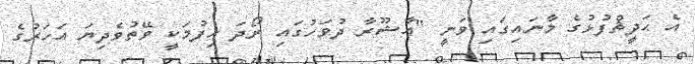
އެ ޙަދީޘްފުޅުގެ މާނައިގައި ވަނީ "ޢާޝޫރާ ދުވަހުގައި ރޯދަ ހިފުމަކީ ވޭތުވެދިޔަ އަހަރުގެ